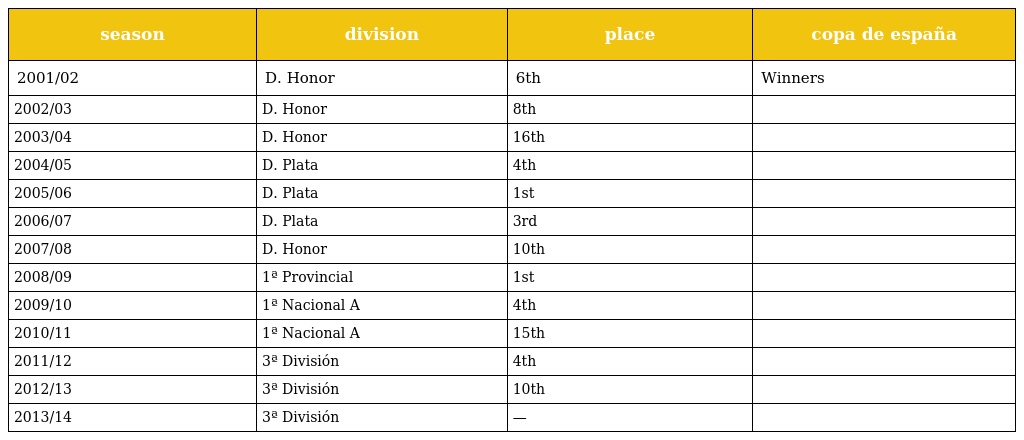
| season | division | place | copa de españa |
 | --- | --- | --- | --- |
 | 2001/02 | D. Honor | 6th | Winners |
 | 2002/03 | D. Honor | 8th |  |
 | 2003/04 | D. Honor | 16th |  |
 | 2004/05 | D. Plata | 4th |  |
 | 2005/06 | D. Plata | 1st |  |
 | 2006/07 | D. Plata | 3rd |  |
 | 2007/08 | D. Honor | 10th |  |
 | 2008/09 | 1ª Provincial | 1st |  |
 | 2009/10 | 1ª Nacional A | 4th |  |
 | 2010/11 | 1ª Nacional A | 15th |  |
 | 2011/12 | 3ª División | 4th |  |
 | 2012/13 | 3ª División | 10th |  |
 | 2013/14 | 3ª División | — |  |